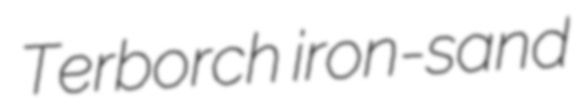
Terborch iron-sand